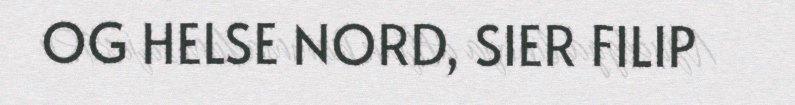
OG HELSE NORD, SIER FILIP